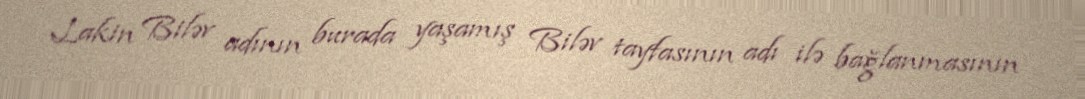
Lakin Biləv adının burada yaşamış Biləv tayfasının adı ilə bağlanmasının